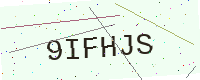
Text: 9IFHJS